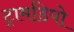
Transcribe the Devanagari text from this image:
ट्रामडिपो